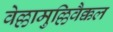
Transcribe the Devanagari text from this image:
वेल्लामुल्लिवैक्कल